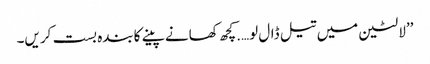
’’لالٹین میں تیل ڈال لو….کچھ کھانے پینے کابندہ بست کریں۔